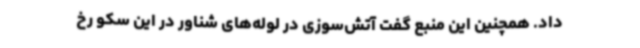
داد. همچنین این منبع گفت آتش‌سوزی در لوله‌های شناور در این سکو رخ